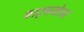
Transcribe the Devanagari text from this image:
काट्सवोल्ड